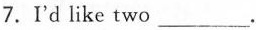
7.I'd like two___.